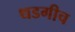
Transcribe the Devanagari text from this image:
थडगीच